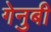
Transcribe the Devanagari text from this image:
गेनुबी